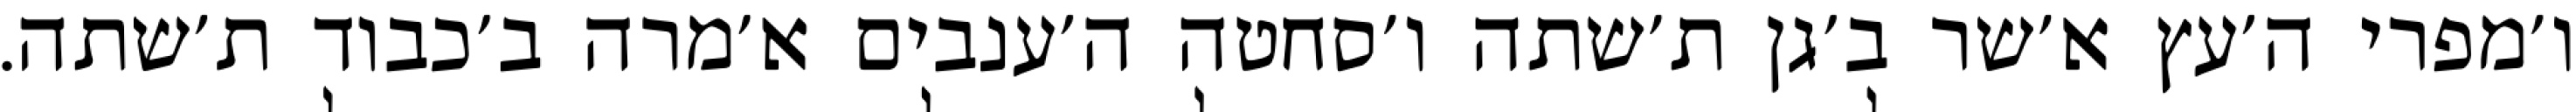
ו׳מפרי ה׳עץ א׳שר ב׳גן ת׳שתה ו׳סחטה ה׳ענבים א׳מרה ב׳כבוד ת׳שתה.